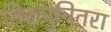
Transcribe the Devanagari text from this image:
तिरुपुनितरा